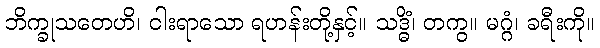
ဘိက္ခုသတေဟိ၊ ငါးရာသော ရဟန်းတို့နှင့်။ သဒ္ဓိံ၊ တကွ။ မဂ္ဂံ၊ ခရီးကို။